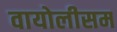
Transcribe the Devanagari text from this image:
वायोलीसम